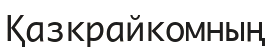
Қазкрайкомның